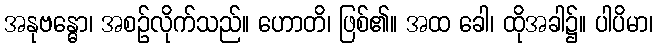
အနုဗန္ဓော၊ အစဉ်လိုက်သည်။ ဟောတိ၊ ဖြစ်၏။ အထ ခေါ၊ ထိုအခါ၌။ ပါပိမာ၊